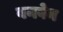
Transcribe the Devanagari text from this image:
बनवेन